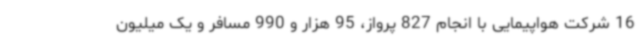
16 شرکت هواپیمایی با انجام 827 پرواز، 95 هزار و 990 مسافر و یک میلیون